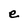
Character: e